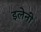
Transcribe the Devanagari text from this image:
इलेनी